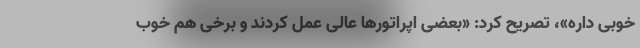
خوبی داره»، تصریح کرد: «بعضی اپراتورها عالی عمل کردند و برخی هم خوب